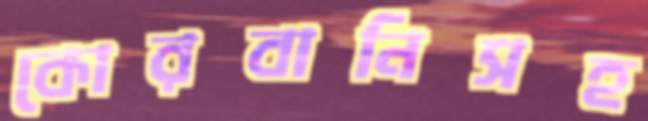
কোরবানিসহ